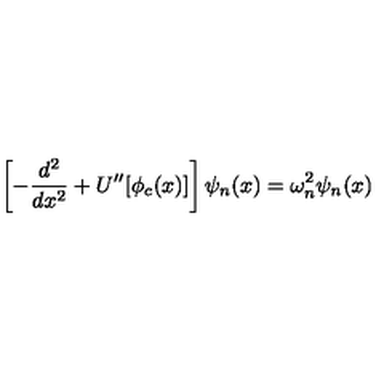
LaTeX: \left[ - \frac { d ^ { 2 } } { d x ^ { 2 } } + U ^ { \prime \prime } [ \phi _ { c } ( x ) ] \right] \psi _ { n } ( x ) = \omega _ { n } ^ { 2 } \psi _ { n } ( x )